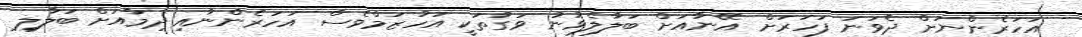
އަހަރެންނަށް ދެވަނަ ފަހަރަށް އޭނާއަށް ބަލާލެވުނު ވަގުތަކީ އަހުޒަމްވެސް އަހަރެންނާއި ދިމާއަށް ބަލާލި